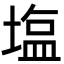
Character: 塩